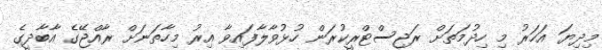
މިދިޔަ އަހަރު މި ހިދުމަތަށް ރަޖިސްޓްރީކުރަން ހުޅުވާލާފައިވާ އިރު މިހާތަނަށް ރާއްޖޭގެ އާބާދީގެ